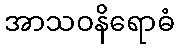
အာသဝနိရောဓံ